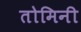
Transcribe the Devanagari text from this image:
तोमिनी